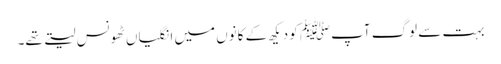
بہت سے لوگ آپﷺ کو دیکھ کے کانوں میں انگلیاں ٹھونس لیتے تھے۔